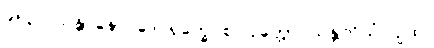
၉၅၃။ သန္တာနော ဒေဝရုက္ခေ စ၊ ဝုတ္တော သန္တတိယံ ပျထ။